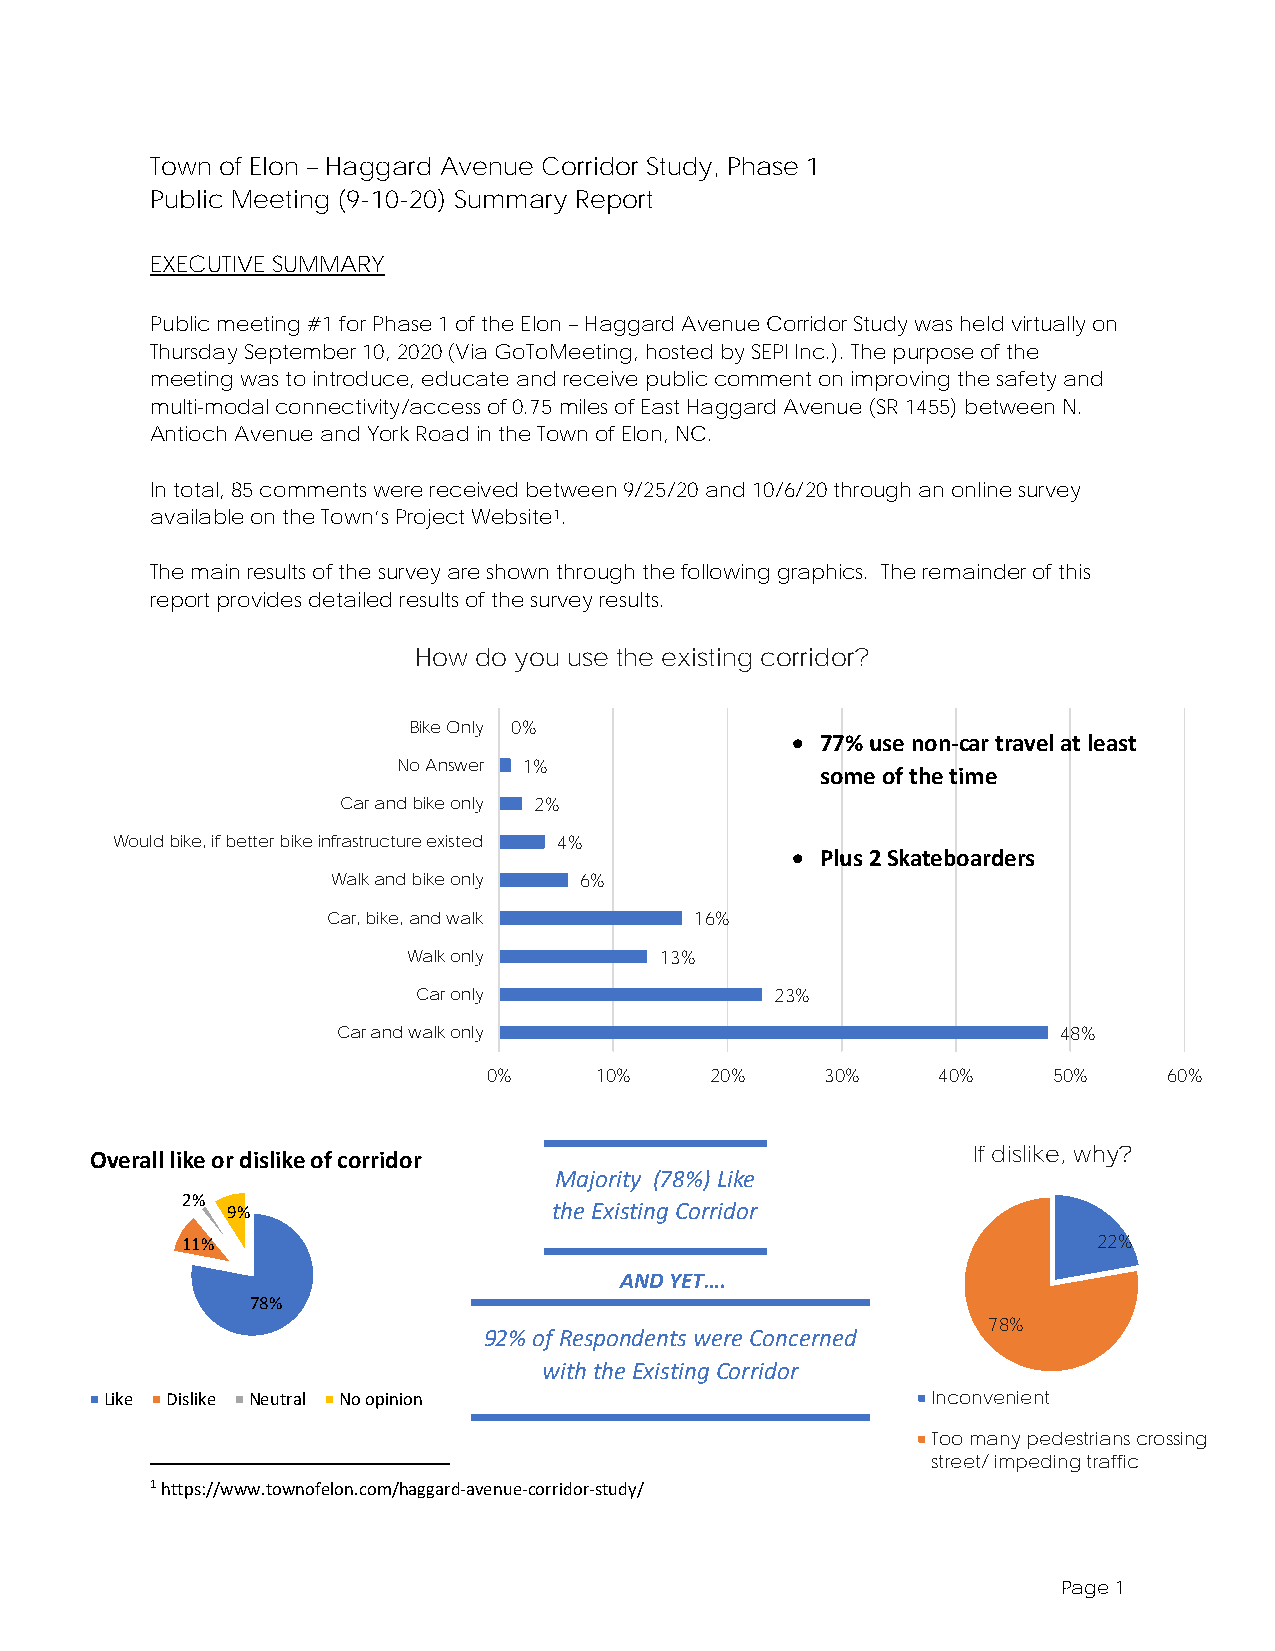
Town of Elon – Haggard Avenue Corridor Study, Phase 1
 Public Meeting (9-10-20) Summary Report
 EXECUTIVE SUMMARY
 Public meeting #1 for Phase 1 of the Elon – Haggard Avenue Corridor Study was held virtually on
 Thursday September 10, 2020 (Via GoToMeeting, hosted by SEPI Inc.). The purpose of the
 meeting was to introduce, educate and receive public comment on improving the safety and
 multi-modal connectivity/access of 0.75 miles of East Haggard Avenue (SR 1455) between N.
 Antioch Avenue and York Road in the Town of Elon, NC.
 In total, 85 comments were received between 9/25/20 and 10/6/20 through an online survey
 available on the Town’s Project Website1.
 The main results of the survey are shown through the following graphics. The remainder of this
 report provides detailed results of the survey results.
 How do you use the existing corridor?
 Bike Only 0%
 • 77% use non-car travel at least
 No Answer 1%
 some of the time
 Car and bike only 2%
 Would bike, if better bike infrastructure existed 4%
 • Plus 2 Skateboarders
 Walk and bike only 6%
 Car, bike, and walk     16%
 Walk only        13%
 Car only               23%
 Car and walk only                               48%
 0%     10%     20%     30%    40%     50%    60%
 If dislike, why?
 Overall like or dislike of corridor
 Majority (78%) Like
 2%
 9%                    the Existing Corridor
 11%                                                          22%
 AND YET….
 78%
 78%
 92% of Respondents were Concerned
 with the Existing Corridor
 Like Dislike Neutral No opinion                        Inconvenient
 Too many pedestrians crossing
 street/ impeding traffic
 1 https://www.townofelon.com/haggard-avenue-corridor-study/
 Page 1